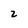
Character: 2